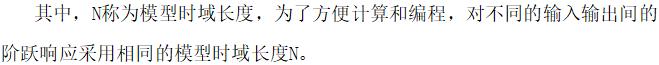
其中，$N$称为模型时域长度，为了方便计算和编程，对不同的输入输出间的阶跃响应采用相同的模型时域长度$N$。